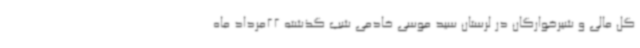
گل مالی و شیرخوارگان در لرستان سید موسی خادمی شب گذشته 22مرداد ماه